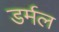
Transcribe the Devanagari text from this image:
डर्मल